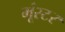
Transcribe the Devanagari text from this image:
मूंस्टर